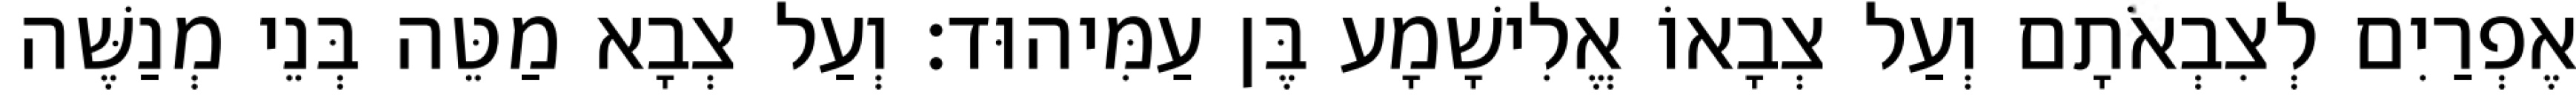
אֶפְרַיִם לְצִבְאֹתָם וְעַל צְבָאוֹ אֱלִישָׁמָע בֶּן עַמִּיהוּד׃ וְעַל צְבָא מַטֵּה בְּנֵי מְנַשֶּׁה